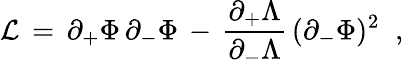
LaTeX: {\cal L}\, =\, \partial_{+}\Phi\, \partial_{-}\Phi\, -\, {\frac{\partial_{+}\Lambda}{\partial_{-}\Lambda}}\, (\partial_{-}\Phi)^{2}\; \; ,